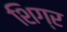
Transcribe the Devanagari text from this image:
शिग्र